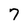
Character: 7